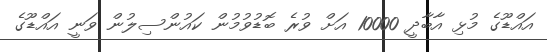
އައްޑޫގެ މުޅި އާބާދީ 10000 އަށް ވުރެ ބޮޑުވުމުން ކައުންސިލުން ވަނީ އައްޑޫގެ